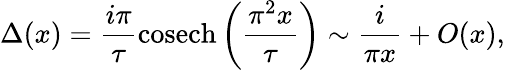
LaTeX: \Delta(x)=\frac{i\pi}{\tau}{\mathrm{cosech}}\left(\frac{\pi^{2}x}{\tau}\right)\sim\frac{i}{\pi x}+O(x),